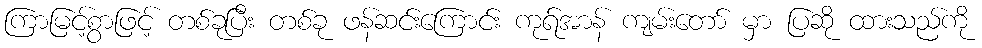
ကြာမြင့်စွာဖြင့် တစ်ခုပြီး တစ်ခု ဖန်ဆင်းကြောင်း ကုရ်အာန် ကျမ်းတော် မှာ ပြဆို ထားသည်ကို